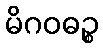
မိဂဝဓဉ္စ